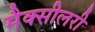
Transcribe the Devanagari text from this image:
मैक्सीलरी